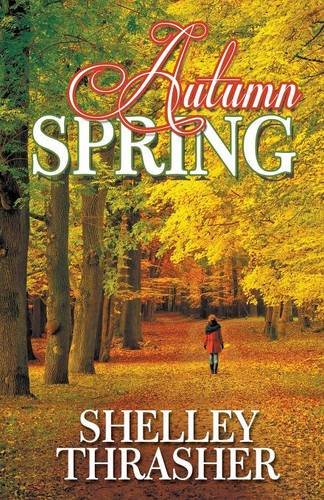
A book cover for Autumn Spring; Shelley Thrasher; Romance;